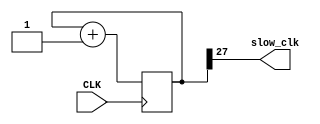
`timescale 1ns / 1ps

module clock_div(input CLK, output slow_clk);
reg [31:0] counter=32'b0;
always @(posedge CLK)
begin
counter <= counter + 1;
end
assign slow_clk = counter[27];
endmodule




module merged(clk, pc_reset, reg_num, out, ACC, pc_disp);


input clk;
input pc_reset;
input [4:0] reg_num;
wire slow_clk;
output reg [7:0]out;
output reg [7:0]ACC;
output reg [6:0]pc_disp;


reg [3:0]pc;
reg [3:0]num;
reg [7:0]R[15:0];
reg [7:0]inst[15:0];
integer i;
reg [7:0] EXT;
reg [7:0] div, divisor;
reg [15:0] y;
reg c_b;
reg [7:0]op;
reg [3:0] op_code;
reg [3:0] inst_code;
    
initial begin
R[0] = 8'd0;
R[1] = 8'd10;  //after 1st test case value=6
R[2] = 8'd3;
R[3] = 8'd2;
R[4] = 8'd20;
R[5] = 8'd5;
R[6] = 8'd18;
R[7] = 8'd20;
R[8] = 8'd255;
R[9] = 8'd13;
R[10] = 8'd9;  //after 2nd test case value=254 (2's complement for -2)
R[11] = 8'd11;
R[12] = 8'd12;
R[13] = 8'd26;
R[14] = 8'd18;
R[15] = 8'd1;
end

initial begin
inst[0]=8'b10010101; //move R5 to ACC
inst[1]=8'b00100011; //sub R3 from ACC
inst[2]=8'b10101001; //move ACC to R9
inst[3]=8'b00000111; //dec ACC by 1
inst[4]=8'b00011110; //Add R14 to ACC
inst[5]=8'b01101110; //XOR ACC with R14
inst[6]=8'b00000110; //inc ACC by 1
inst[7]=8'b01000011; //Div ACC by R3
inst[8]=8'b00000010; //Right Shift ACC
inst[9]=8'b00000001; //left shift ACC
inst[10]=8'b10001101; //branch to 13
inst[11]=8'b00000011; //Circular right shift ACC
inst[12]=8'b00000100; //circular left shift ACC
inst[13]=8'b00000101; //Arithmatic shift right ACC
inst[14]=8'b00110111; //mul ACC with R7
inst[15]=8'b01011010; //AND ACC with R10


end



clock_div inst1(clk, slow_clk);

always @(posedge clk)begin
        if (pc_reset == 0) begin
            pc = 0;
        end else begin
            pc = pc + 1;
        end
        
        
        case (pc)
        4'h0: pc_disp = 7'b1000000;    // digit 0
        4'h1: pc_disp = 7'b1111001;    // digit 1
        4'h2: pc_disp = 7'b0100100;    // digit 2
        4'h3: pc_disp = 7'b0110000;    // digit 3
        4'h4: pc_disp = 7'b0011001;    // digit 4
        4'h5: pc_disp = 7'b0010010;    // digit 5
        4'h6: pc_disp = 7'b0000010;    // digit 6
        4'h7: pc_disp = 7'b1111000;    // digit 7
        4'h8: pc_disp = 7'b0000000;    // digit 8
        4'h9: pc_disp = 7'b0010000;    // digit 9
        4'ha: pc_disp = 7'b0001000;    // digit A
        4'hb: pc_disp = 7'b0000011;    // digit B
        4'hc: pc_disp = 7'b1000110;    // digit C
        4'hd: pc_disp = 7'b0100001;    // digit D
        4'he: pc_disp = 7'b0000110;    // digit E
        4'hf: pc_disp = 7'b0001110;    // digit F
        default:pc_disp=7'b1111111;
        endcase
        
        
        
//    end

//always@(posedge slow_clk)
//begin




op = inst[pc];


inst_code = op[7:4];
op_code = op[3:0];

if (op == 15) $finish();


else if (inst_code == 0)
    case(op_code)
    4'h1 : ACC <= ACC<<1;
    4'h2 : ACC <= ACC>>1;
    4'h3 : begin ACC <= ACC>>1; ACC[7] <= ACC[0]; end
    4'h4 : begin ACC <= ACC<<1; ACC[0] <= ACC[7]; end
    4'h5 : begin ACC <= ACC>>1; ACC[7] <= ACC[6]; end
    4'h6 : begin {c_b, ACC} <= ACC + 1; end
    4'h7 : begin {c_b, ACC} <= ACC - 1; end
    default : ACC <= ACC;
    endcase
    
    
    
else
begin  

case(inst_code)
    4'h1 : {c_b, ACC} <= ACC + R[op_code];
    4'h2 : {c_b, ACC} <= ACC - R[op_code];
    4'h3 : {EXT, ACC} <= ACC * R[op_code];
    4'h4 : begin
            div = ACC;
            divisor = R[op_code];
            ACC = 8'h00;
            EXT = 8'h00;
            for (i = 0; i<8; i = i+1)
                begin
                ACC = ACC << 1;
                y = {EXT, div};
                y = y << 1;
                EXT = y[15:8];
                div = y[7:0];
                if (EXT >= divisor)
                    begin
                    EXT  = EXT - divisor;
                    ACC[0] = 1;
                    end
                end
            end
    4'h5 : ACC <= (ACC & R[op_code]);
    4'h6 : ACC <= (ACC ^ R[op_code]);
    4'h7 : if (ACC < R[op_code]) c_b <= 1; else c_b <= 0;
    4'h8 : pc=op_code;
    4'h9 : ACC <= R[op_code];
    4'ha : R[op_code] <= ACC;
    4'hb : if (c_b) pc=op_code;
    default : ACC <= ACC;
    endcase
end 




if (reg_num<=15) out<=R[reg_num];
else if (reg_num==16) out<=EXT;
else if (reg_num==17) out<=c_b;
else out<=0;




end
endmodule